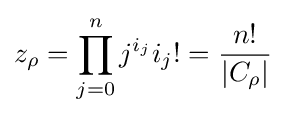
z_{\rho }=\prod _{j=0}^{n}j^{i_{j}}i_{j}!={\frac {n!}{|C_{\rho }|}}